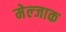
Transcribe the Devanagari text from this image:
मेल्जाक